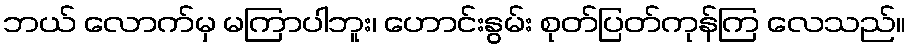
ဘယ် လောက်မှ မကြာပါဘူး၊ ဟောင်းနွမ်း စုတ်ပြတ်ကုန်ကြ လေသည်။